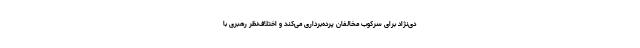
دی‌نژاد برای سرکوب مخالفان پرده‌برداری می‌کند و اختلاف‌نظر رهبری با